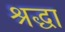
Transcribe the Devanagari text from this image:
श्रद्घा